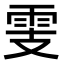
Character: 𩂏